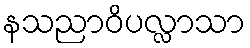
နသညာဝိပလ္လာသာ